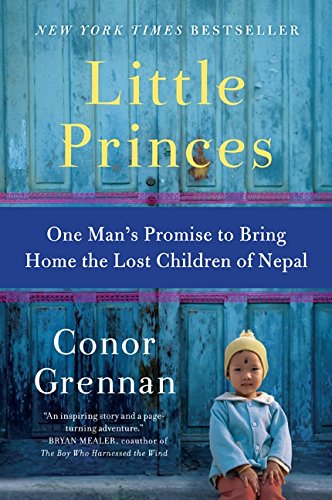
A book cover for Little Princes: One Man's Promise to Bring Home the Lost Children of Nepal; Conor Grennan; Parenting & Relationships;